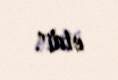
etdi".